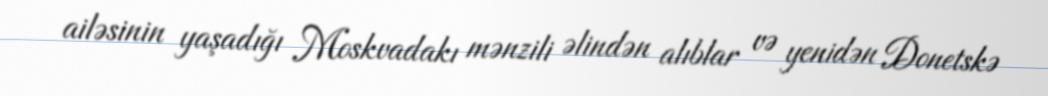
ailəsinin yaşadığı Moskvadakı mənzili əlindən alıblar və yenidən Donetskə